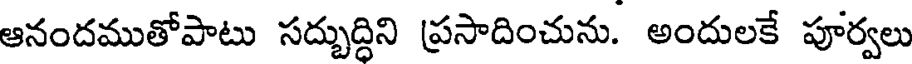
ఆనందముతోపాటు సద్బుద్ధిని ప్రసాదించును. అందులకే పూర్వలు